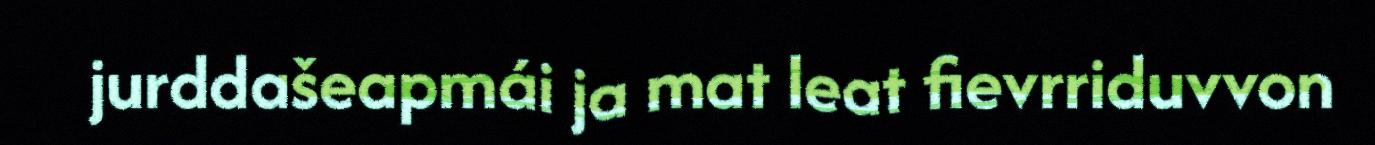
jurddašeapmái ja mat leat fievrriduvvon